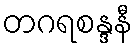
တဂရစန္ဒနီ